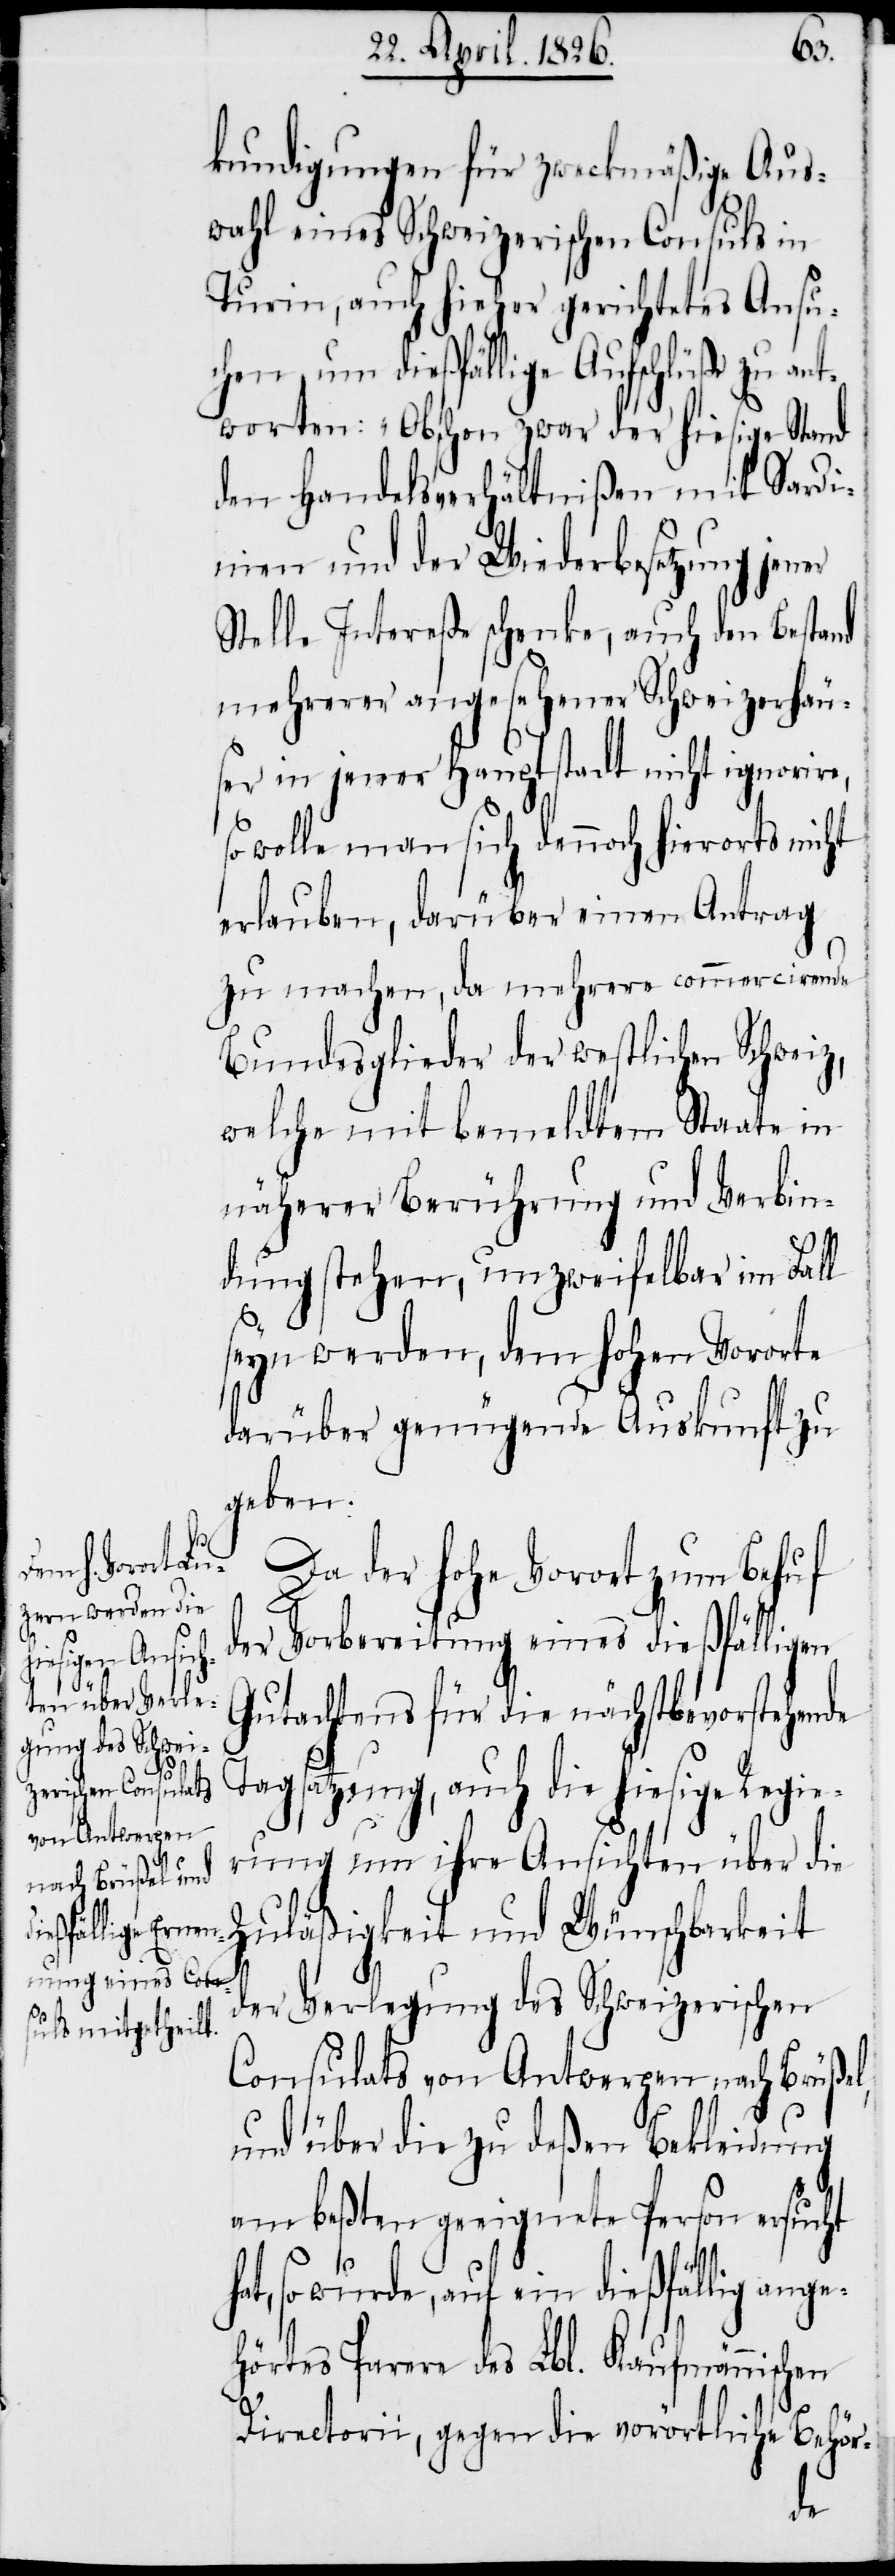
kundigungen für zweckmäßige Aus¬
wahl eines Schweizerischen Consuls in
Turin, auch hieher gerichtetes Ansu¬
chen um dießfällige Aufschlüße zu an¬
tworten: „Obschon zwar der hiesige Stand
den Handelsverhältnißen mit Sardi¬
nien und der Wiederbesetzung jener
Stelle Intereße schenke, auch den Bestand
mehrerer angesehener Schweizerhäu¬
ser in jener Hauptstadt nicht ignorire,
so wolle man sich dennoch hierorts nicht
erlauben, darüber einen Antrag
zu machen, da mehrere commercirende
Bundesglieder der westlichen Schweiz,
welche mit bemeldtem Staate in
näherer Berührung und Verbin¬
dung stehen, unzweifelbar im Fall
seyn werden, dem hohen Vororte
darüber genügende Auskunft zu
Da der hohe Vorort um Behuf
der Vorbereitung eines dießfälligen
Gutachtens für die nächstbevorstehende
Tagsatzung, auch die hiesige Regie¬
rung um ihre Ansichten über die
Zuläßigkeit und Wünschbarkeit
der Verlegung des Schweizerischen
Consulats von Antwerpen nach Brüßel,
und über die zu deßen Bekleidung
am beßten geeignete Person ersucht
so wurde, auf ein dießfällig ang¬
ehörtes Parere des Lbl. Kaufmännischen
Directorii, gegen die vorörtliche Behör-